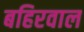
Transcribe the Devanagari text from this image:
बहिरवाल